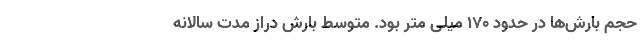
حجم بارش‌‌ها در حدود ۱۷۰ میلی متر بود. متوسط بارش دراز مدت سالانه